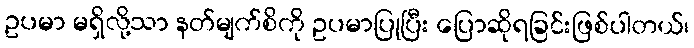
ဥပမာ မရှိလို့သာ နတ်မျက်စိကို ဥပမာပြုပြီး ပြောဆိုရခြင်းဖြစ်ပါတယ်၊